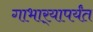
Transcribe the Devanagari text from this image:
गाभार्‍यापर्यंत